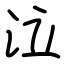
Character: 泣